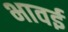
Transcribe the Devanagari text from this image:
भावई